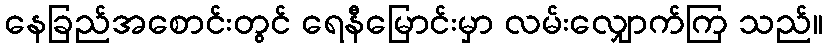
နေခြည်အစောင်းတွင် ရေနီမြောင်းမှာ လမ်းလျှောက်ကြ သည်။